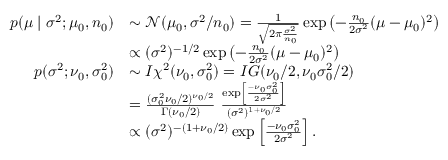
{ \begin{array} { r l } { p ( \mu \mid \sigma ^ { 2 } ; \mu _ { 0 } , n _ { 0 } ) } & { \sim { \mathcal { N } } ( \mu _ { 0 } , \sigma ^ { 2 } / n _ { 0 } ) = { \frac { 1 } { \sqrt { 2 \pi { \frac { \sigma ^ { 2 } } { n _ { 0 } } } } } } \exp \left( - { \frac { n _ { 0 } } { 2 \sigma ^ { 2 } } } ( \mu - \mu _ { 0 } ) ^ { 2 } \right) } \\ & { \propto ( \sigma ^ { 2 } ) ^ { - 1 / 2 } \exp \left( - { \frac { n _ { 0 } } { 2 \sigma ^ { 2 } } } ( \mu - \mu _ { 0 } ) ^ { 2 } \right) } \\ { p ( \sigma ^ { 2 } ; \nu _ { 0 } , \sigma _ { 0 } ^ { 2 } ) } & { \sim I \chi ^ { 2 } ( \nu _ { 0 } , \sigma _ { 0 } ^ { 2 } ) = I G ( \nu _ { 0 } / 2 , \nu _ { 0 } \sigma _ { 0 } ^ { 2 } / 2 ) } \\ & { = { \frac { ( \sigma _ { 0 } ^ { 2 } \nu _ { 0 } / 2 ) ^ { \nu _ { 0 } / 2 } } { \Gamma ( \nu _ { 0 } / 2 ) } } ~ { \frac { \exp \left[ { \frac { - \nu _ { 0 } \sigma _ { 0 } ^ { 2 } } { 2 \sigma ^ { 2 } } } \right] } { ( \sigma ^ { 2 } ) ^ { 1 + \nu _ { 0 } / 2 } } } } \\ & { \propto { ( \sigma ^ { 2 } ) ^ { - ( 1 + \nu _ { 0 } / 2 ) } } \exp \left[ { \frac { - \nu _ { 0 } \sigma _ { 0 } ^ { 2 } } { 2 \sigma ^ { 2 } } } \right] . } \end{array} }